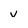
Character: v